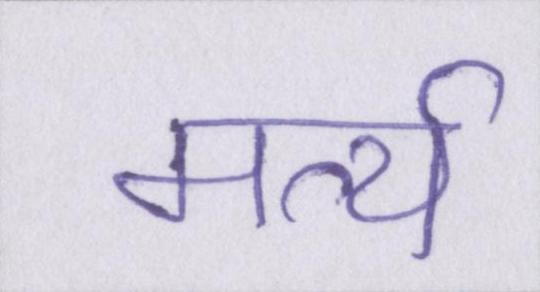
मर्त्य